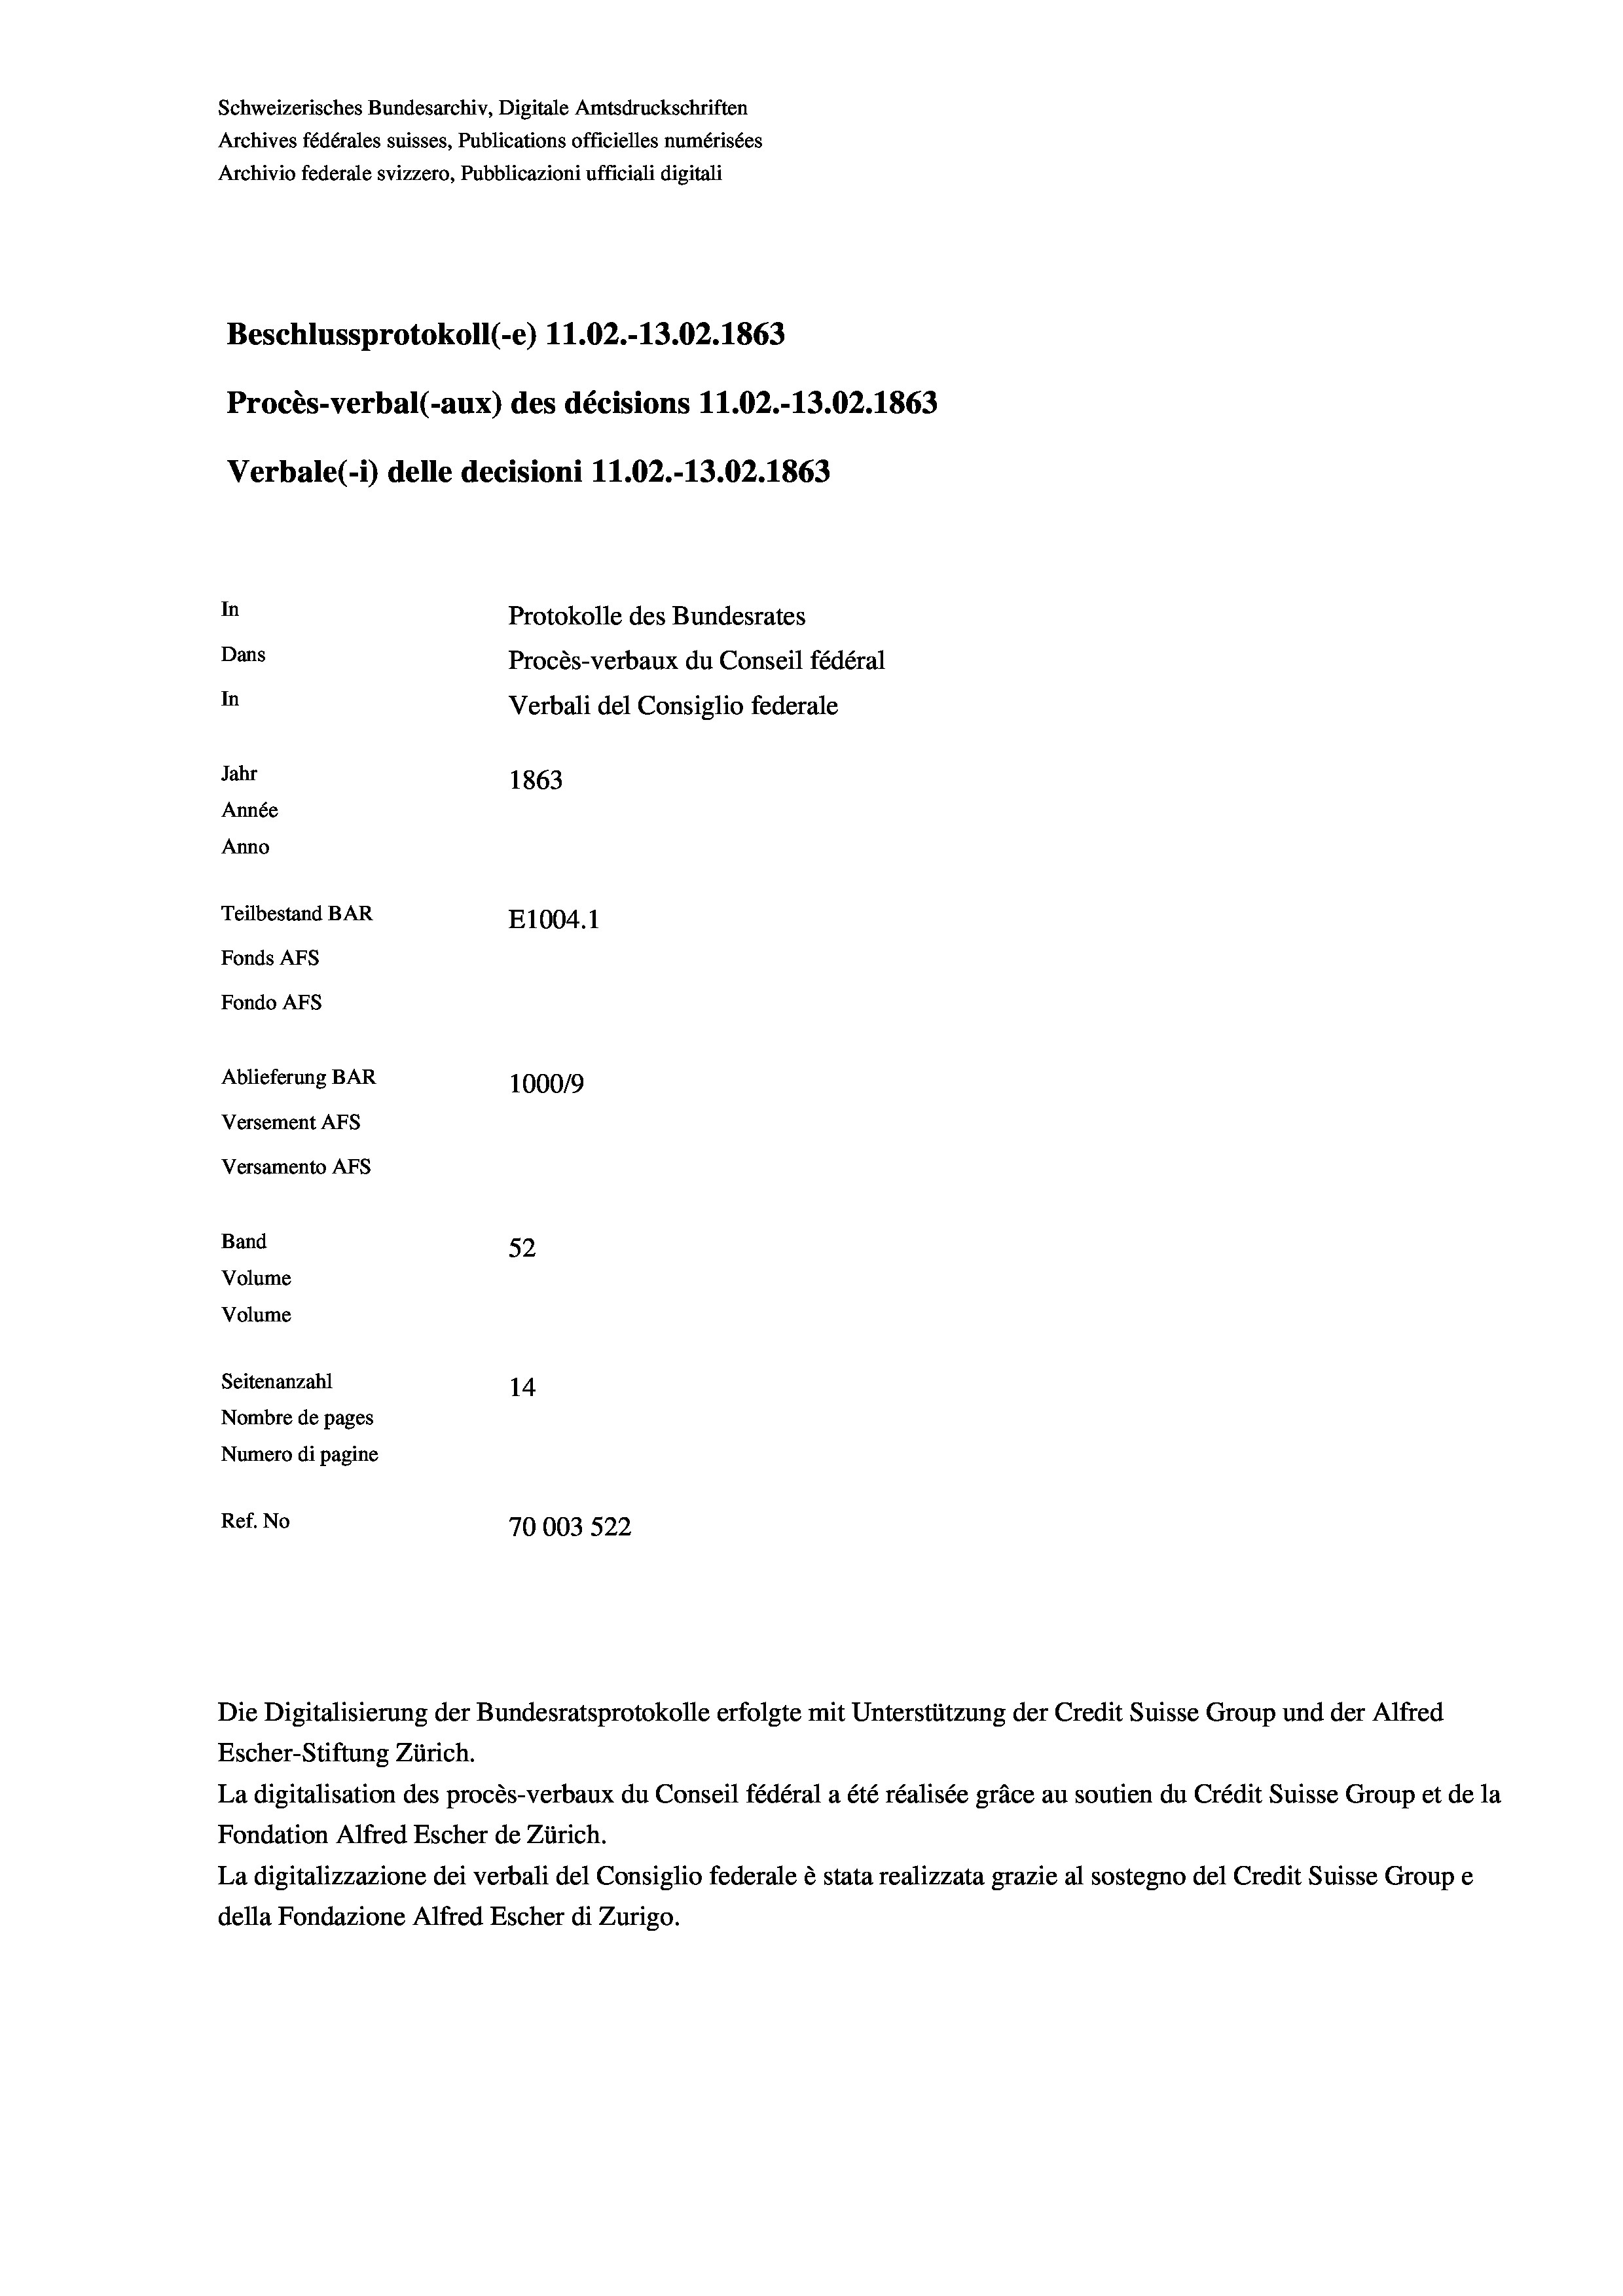
Beschlussprotokoll (-e) 11.02.-13.02. 1863
Procès-verbal (-aux) des décisions 11.02.-13.02. 1863
Verbale(-*) delle decisioni 11.02.-13.02. 1863
In
Protokolle des Bundesrates
Dans
Procès-verbaux du Conseil fédéral
In
Verbali del Consiglio federale
Jahr
1863
Année
Anno
Teilbestand BAR
E1004.1
Fonds AFs
Fondo AFS
Ablieferung BAR
100019
Versement AFs
Versamento Afs

Band
Volume

52
Seitenanzahl
14
Nombre de pages
Numero di pagine
Ref. No
70003 522

Schweizerisches Bundesarchiv, Digitale Amtsdruckschriften

Volume

Archives fédérales suisses, Publications officielles numérisées
Archivio federale svizzero, Pubblicazioni ufficiali digitali

Escher-Stiftung Zürich.
La digitalisation des procès-verbaux du Conseil fédéral a été réalisée gräce au soutien du Crédit Suisse Group et de la
Fondation Alfred Escher de Zürich.
La digitalizzazione dei verbali del Consiglio federale è stata realizzata grazie al sostegno del Credit Suisse Groupe
della Fondazione Alfred Escher di Zurigo.

Die Digitalisierung der Bundesratsprotokolle erfolgte mit Unterstützung der Credit Suisse Group und der Alfred